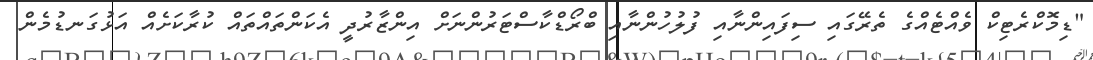
"ޑިމޮކްރެޓިކް ވެއްޓެއްގެ ތެރޭގައި ސިފައިންނާއި ފުލުހުންނާއި ބްރޯޑްކާސްޓަރުންނަށް އިންޒާރުދީ އެކަންތައްތައް ކުރާކަށެއް އަޅުގަނޑުމެން